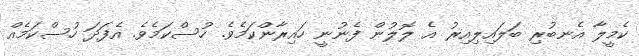
ކެމީލާ އެނބުރި ބަލައިލިއިރު އެ ލޮލުން ފެނުނީ ހައިރާންކަމެވެ. ހުސްކަމެވެ. އެފަދަ ހުސްކަމެއް